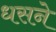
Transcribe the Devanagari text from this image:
धसने